Vaccination in Bombay 1869-1873 - 1869-1873
Year: 1869
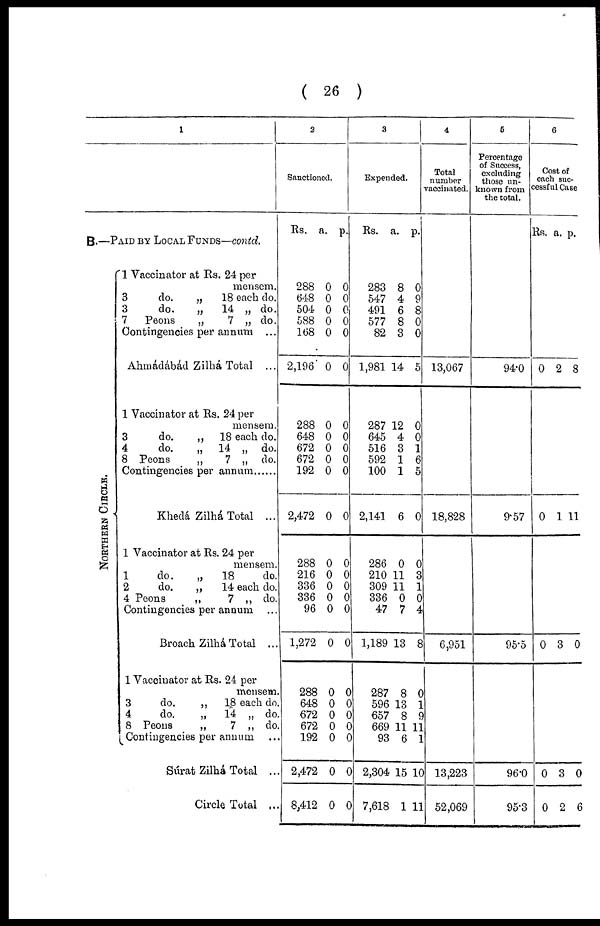
( 26 )
1
B.—PAID BY LOCAL FUNDS—contd.
NORTHERN CIRCLE.
1 Vaccinator at Rs. 24 per
mensem.
3
do.
„
18 each do.
3
do.
„
14 „ do.
7 Peons
„
7 „ do.
Contingencies per annum ...
Ahmádábád Zilhá Total ...
1 Vaccinator at Rs. 24 per
mensem.
3
do.
„ 18 each do.
4
do.
„ 14 „ do.
8 Peons
„
7 „ do.
Contingencies per annum ......
Khedá Zilhá Total ...
1 Vaccinator at Rs. 24 per
mensem.
1
do.
„
18
do.
2
do.
„
14 each do.
4 Peons
„
7 „ do.
Contingencies per annum ...
Broach Zilhá Total ...
1 Vaccinator at Rs. 24 per
mensem.
3
do.
„
18 each do.
4
do.
„
14 „ do.
8 Peons
„
7 „ do.
Contingencies per annum ...
Súrat Zilhá Total ...
Circle Total ...
2
Sanctioned.
Rs. a. p.
288
648
504
588
168
2,196
288
648
672
672
192
2,472
288
216
336
336
96
1,272
288
648
672
672
192
2,472
8,412
0
0
0
0
0
0
0
0
0
0
0
0
0
0
0
0
0
0
0
0
0
0
0
0
0
0
0
0
0
0
0
0
0
0
0
0
0
0
0
0
0
0
0
0
0
0
0
0
0
0
3
Expended.
Rs. a. p.
283
547
491
577
82
1,981
287
645
516
592
100
2,141
286
210
309
336
47
1,189
287
596
657
669
93
2,304
7,618
8
4
6
8
3
14
12
4
3
1
1
6
0
11
11
0
7
13
8
13
8
11
6
15
1
0
9
8
0
0
5
0
0
1
6
5
0
0
3
1
0
4
8
0
1
9
11 1
10
11
4
Total
number
vaccinated.
13,067
18,828
6,951
13,223
52,069
6
Percentage
of Success,
excluding
those un-
known from
the total.
94.0
9.57
95.5
96.0
95.3
6
Cost of
each suc¬
cessful Case
Rs. a. p.
0 2 8
0 1 11
0 3 0
0
0
3
2
0
6